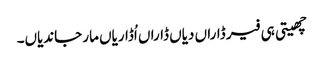
چھیتی ہی فیر ڈاراں دیاں ڈاراں اُڈاریاں مار جاندیاں۔